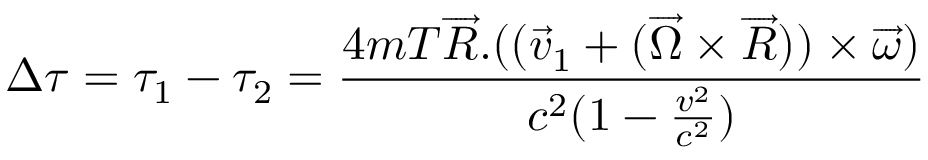
\Delta \tau = \tau _ { 1 } - \tau _ { 2 } = \frac { 4 m T \overrightarrow { R } . ( ( \overrightarrow { v } _ { 1 } + ( \overrightarrow { \Omega } \times \overrightarrow { R } ) ) \times \overrightarrow { \omega } ) } { c ^ { 2 } ( 1 - \frac { v ^ { 2 } } { c ^ { 2 } } ) }